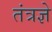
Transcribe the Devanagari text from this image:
तंत्रज्ञे